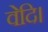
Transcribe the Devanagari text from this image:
वेदि।